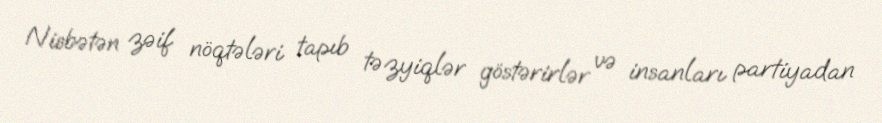
Nisbətən zəif nöqtələri tapıb təzyiqlər göstərirlər və insanları partiyadan